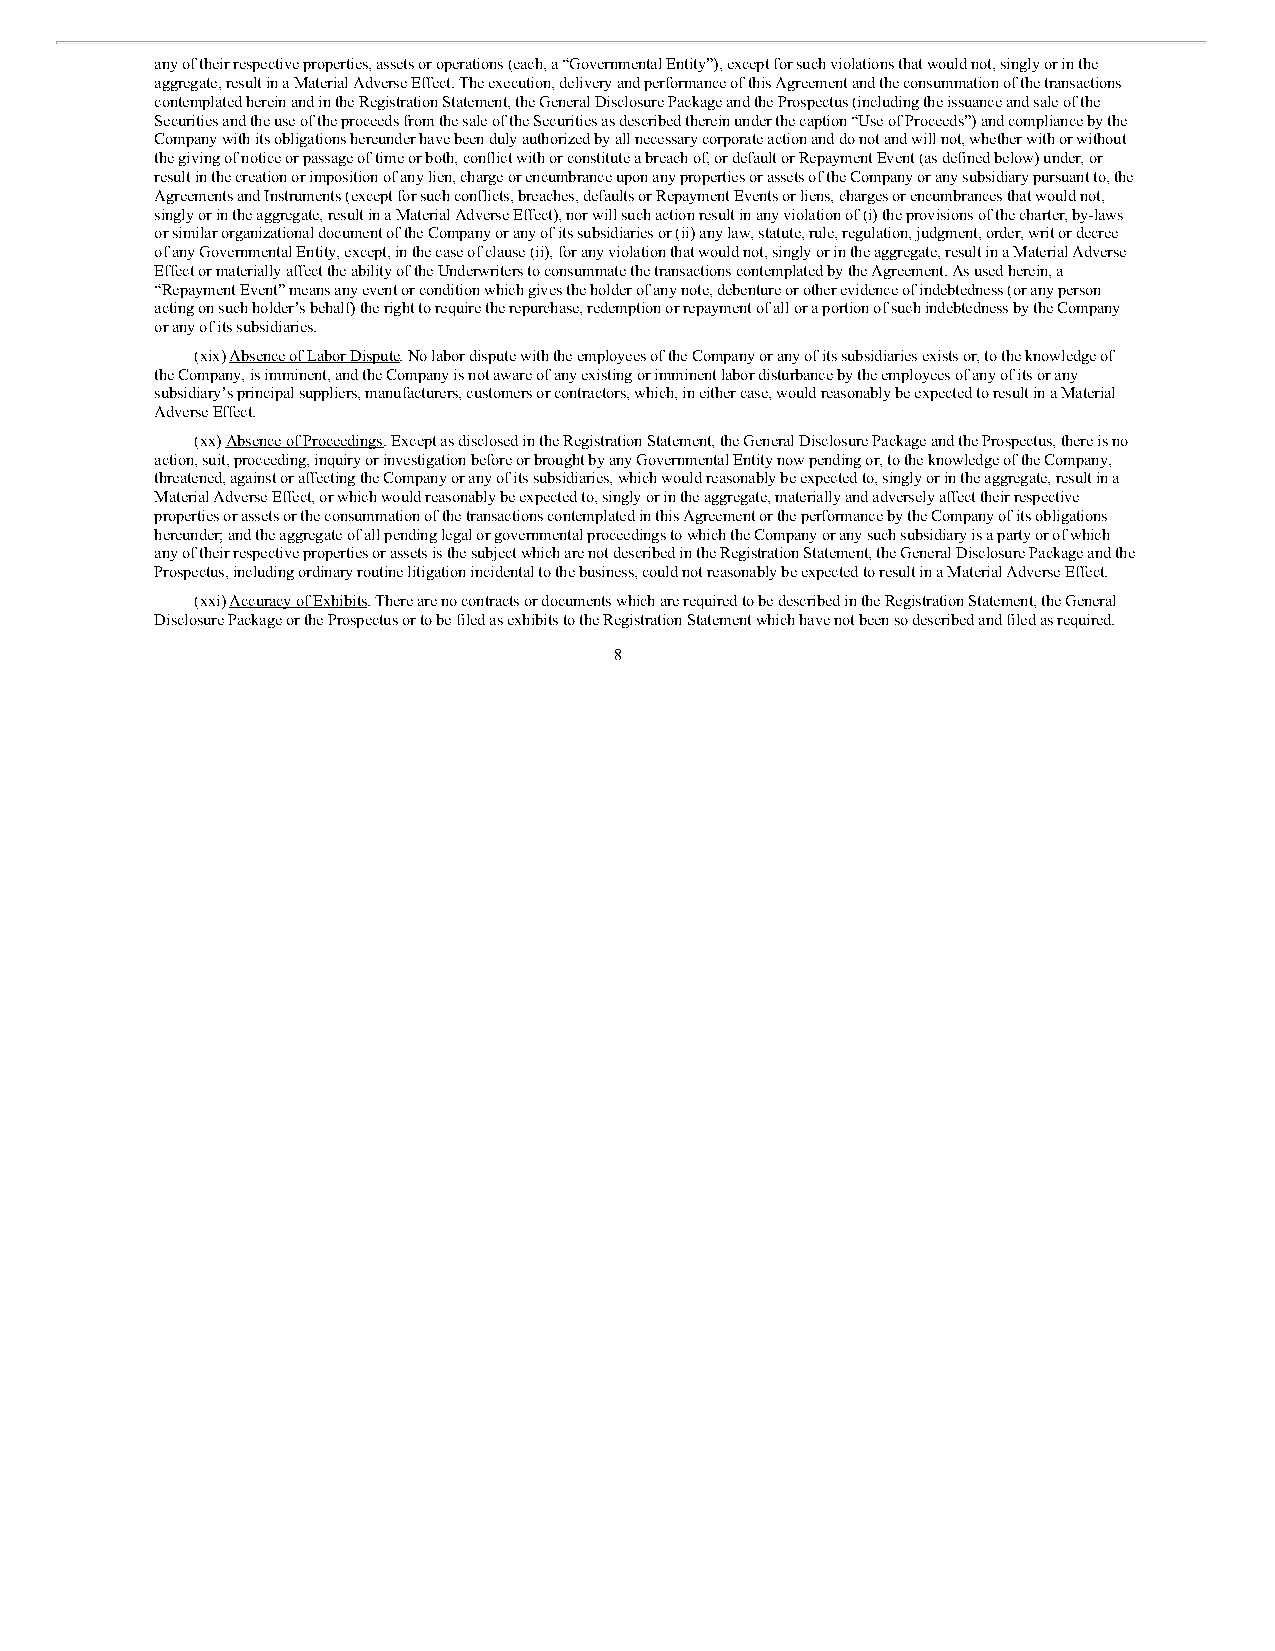
any of their respective properties, assets or operations (each, a “Governmental Entity”), except for such violations that would not, singly or in the
 aggregate, result in a Material Adverse Effect. The execution, delivery and performance of this Agreement and the consummation of the transactions
 contemplated herein and in the Registration Statement, the General Disclosure Package and the Prospectus (including the issuance and sale of the
 Securities and the use of the proceeds from the sale of the Securities as described therein under the caption “Use of Proceeds”) and compliance by the
 Company with its obligations hereunder have been duly authorized by all necessary corporate action and do not and will not, whether with or without
 the giving of notice or passage of time or both, conflict with or constitute a breach of, or default or Repayment Event (as defined below) under, or
 result in the creation or imposition of any lien, charge or encumbrance upon any properties or assets of the Company or any subsidiary pursuant to, the
 Agreements and Instruments (except for such conflicts, breaches, defaults or Repayment Events or liens, charges or encumbrances that would not,
 singly or in the aggregate, result in a Material Adverse Effect), nor will such action result in any violation of (i) the provisions of the charter, by-laws
 or similar organizational document of the Company or any of its subsidiaries or (ii) any law, statute, rule, regulation, judgment, order, writ or decree
 of any Governmental Entity, except, in the case of clause (ii), for any violation that would not, singly or in the aggregate, result in a Material Adverse
 Effect or materially affect the ability of the Underwriters to consummate the transactions contemplated by the Agreement. As used herein, a
 “Repayment Event” means any event or condition which gives the holder of any note, debenture or other evidence of indebtedness (or any person
 acting on such holder’s behalf) the right to require the repurchase, redemption or repayment of all or a portion of such indebtedness by the Company
 or any of its subsidiaries.
 (xix) Absence of Labor Dispute. No labor dispute with the employees of the Company or any of its subsidiaries exists or, to the knowledge of
 the Company, is imminent, and the Company is not aware of any existing or imminent labor disturbance by the employees of any of its or any
 subsidiary’s principal suppliers, manufacturers, customers or contractors, which, in either case, would reasonably be expected to result in a Material
 Adverse Effect.
 (xx) Absence of Proceedings. Except as disclosed in the Registration Statement, the General Disclosure Package and the Prospectus, there is no
 action, suit, proceeding, inquiry or investigation before or brought by any Governmental Entity now pending or, to the knowledge of the Company,
 threatened, against or affecting the Company or any of its subsidiaries, which would reasonably be expected to, singly or in the aggregate, result in a
 Material Adverse Effect, or which would reasonably be expected to, singly or in the aggregate, materially and adversely affect their respective
 properties or assets or the consummation of the transactions contemplated in this Agreement or the performance by the Company of its obligations
 hereunder; and the aggregate of all pending legal or governmental proceedings to which the Company or any such subsidiary is a party or of which
 any of their respective properties or assets is the subject which are not described in the Registration Statement, the General Disclosure Package and the
 Prospectus, including ordinary routine litigation incidental to the business, could not reasonably be expected to result in a Material Adverse Effect.
 (xxi) Accuracy of Exhibits. There are no contracts or documents which are required to be described in the Registration Statement, the General
 Disclosure Package or the Prospectus or to be filed as exhibits to the Registration Statement which have not been so described and filed as required.
 8